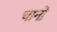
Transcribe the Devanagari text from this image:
चानो